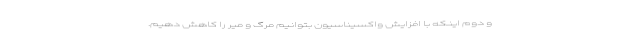
و دوم اینکه با افزایش واکسیناسیون بتوانیم مرگ و میر را کاهش دهیم.